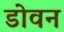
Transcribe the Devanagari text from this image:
डोवन